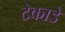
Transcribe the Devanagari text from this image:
टेकाडे